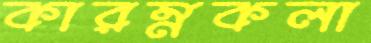
কারম্নকলা